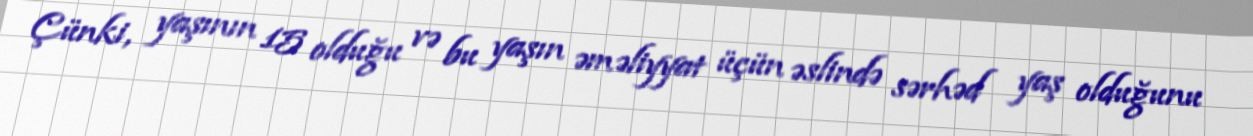
Çünki, yaşının 15 olduğu və bu yaşın əməliyyat üçün əslində sərhəd yaş olduğunu